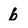
Character: b